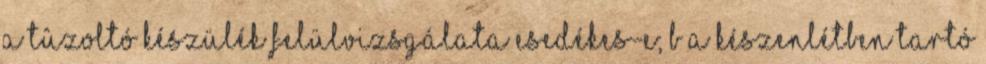
a tûzoltó készülék felülvizsgálata esedékes-e; b a készenlétben tartó